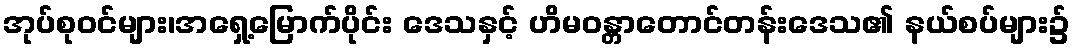
အုပ်စုဝင်များ၊အရှေ့မြောက်ပိုင်း ဒေသနှင့် ဟိမဝန္တာတောင်တန်းဒေသ၏ နယ်စပ်များ၌